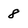
Character: 8